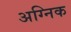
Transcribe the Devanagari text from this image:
अग्निक